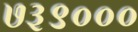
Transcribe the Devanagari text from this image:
७३९०००